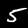
Digit: 5